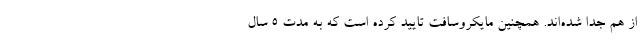
از هم جدا شده‌اند. همچنین مایکروسافت تایید کرده است که به مدت 5 سال